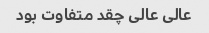
عالی عالی چقد متفاوت بود